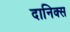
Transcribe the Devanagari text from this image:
दानिक्स